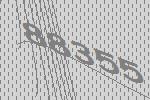
88355